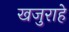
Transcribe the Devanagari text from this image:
खजुराहे